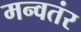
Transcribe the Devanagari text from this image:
मन्वतंर